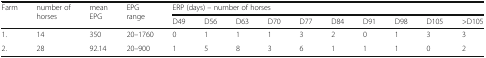
<table><thead><tr><td rowspan="2"><b>Farm</b></td><td rowspan="2"><b>number of horses</b></td><td rowspan="2"><b>mean EPG</b></td><td rowspan="2"><b>EPG range</b></td><td colspan="10"><b>ERP (days) – number of horses</b></td></tr><tr><td><b>D49</b></td><td><b>D56</b></td><td><b>D63</b></td><td><b>D70</b></td><td><b>D77</b></td><td><b>D84</b></td><td><b>D91</b></td><td><b>D98</b></td><td><b>D105</b></td><td><b>&gt;D105</b></td></tr></thead><tbody><tr><td>1.</td><td>14</td><td>350</td><td>20–1760</td><td>0</td><td>1</td><td>1</td><td>1</td><td>3</td><td>2</td><td>0</td><td>1</td><td>3</td><td>3</td></tr><tr><td>2.</td><td>28</td><td>92.14</td><td>20–900</td><td>1</td><td>5</td><td>8</td><td>3</td><td>6</td><td>1</td><td>1</td><td>1</td><td>0</td><td>2</td></tr></tbody></table>